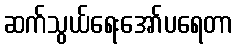
ဆက်သွယ်ရေးအော်ပရေတာ